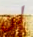
لن